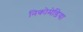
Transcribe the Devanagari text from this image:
निकोमेडिया